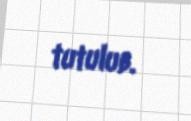
tutulub.